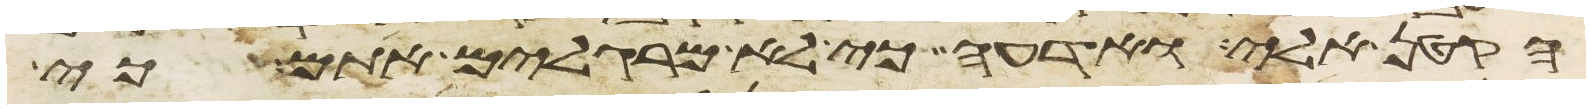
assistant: הקטן אלי ואדעה כי לא מרגלים אתם כי